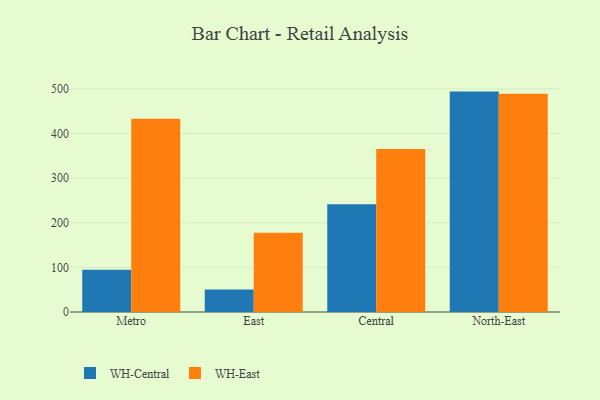
{"axis": {"x": "Region", "y": "Conversion Rate (%)"}, "legend": ["WH-Central", "WH-East"], "data": [{"x": "Metro", "y": 94.9, "type": "WH-Central"}, {"x": "Metro", "y": 433.4, "type": "WH-East"}, {"x": "East", "y": 50.5, "type": "WH-Central"}, {"x": "East", "y": 177.4, "type": "WH-East"}, {"x": "Central", "y": 241.7, "type": "WH-Central"}, {"x": "Central", "y": 365.3, "type": "WH-East"}, {"x": "North-East", "y": 494.0, "type": "WH-Central"}, {"x": "North-East", "y": 489.0, "type": "WH-East"}]}